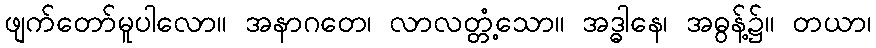
ဖျက်တော်မူပါလော။ အနာဂတေ၊ လာလတ္တံ့သော။ အဒ္ဓါနေ၊ အဓွန့်၌။ တယာ၊